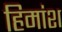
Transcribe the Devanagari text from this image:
हिमांश